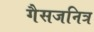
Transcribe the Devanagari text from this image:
गैसजनित्र